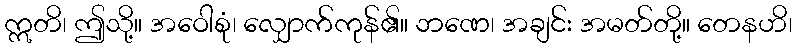
ဣတိ၊ ဤသို့။ အဝေါစုံ၊ လျှောက်ကုန်၏။ ဘဏေ၊ အချင်း အမတ်တို့။ တေနဟိ၊